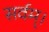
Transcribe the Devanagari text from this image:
सर्वम्।